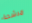
مرشحة